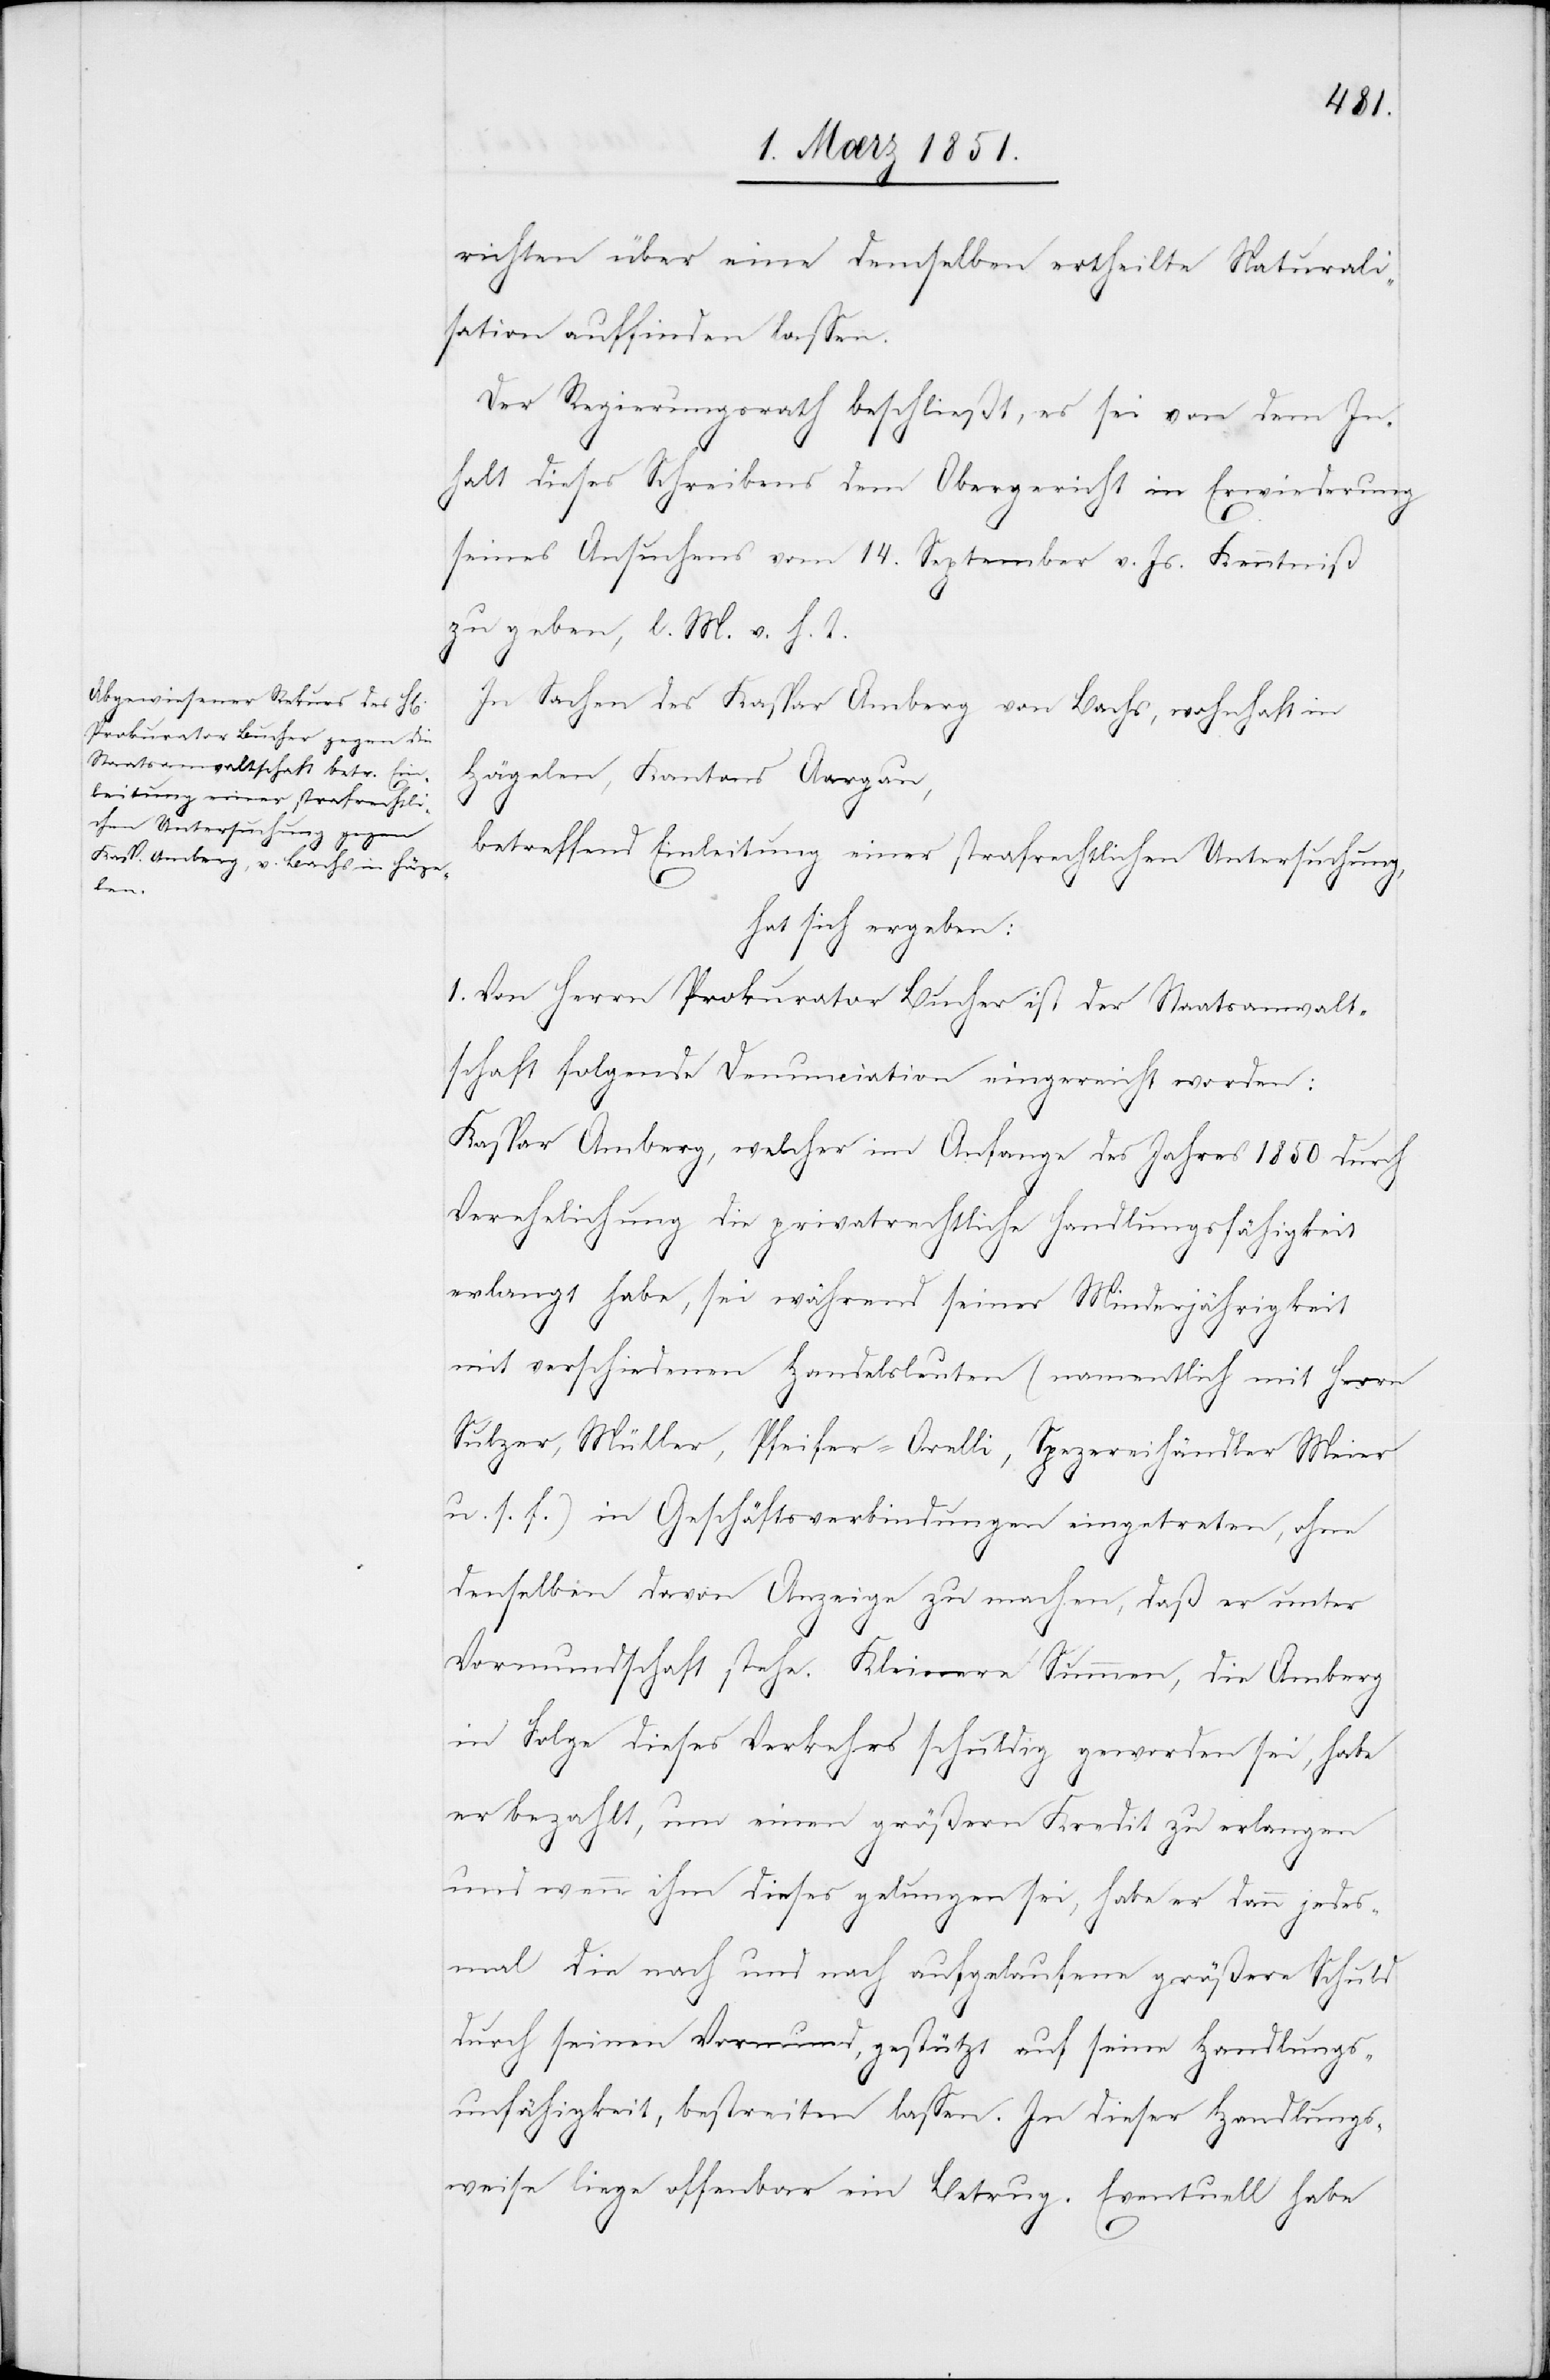
richten über eine demselben ertheilte Naturali¬
sation auffinden lassen.
Der Regierungsrath beschließt, es sei von dem In¬
halt dieses Schreibens dem Obergericht in Erwiederung
seines Ansuchens vom 14. September v. Js. Kenntniß
zu geben, l. M. v. h. T.
In Sachen des Kaspar Amberg von Bachs, wohnhaft in
Hägelen, Kantons Aargau,
betreffend Einleitung einer strafrechtlichen Untersuchung,
hat sich ergeben:
1. Von Herrn Prokurator Bucher ist der Staatsanwalt¬
schaft folgende Denunciation eingereicht worden:
Kaspar Amberg, welcher im Anfange des Jahres 1850 durch
Verehelichung die privatrechtliche Handlungsfähigkeit
erlangt habe, sei während seiner Minderjährigkeit
mit verschiedenen Handelsleuten (namentlich mit Herrn
Sulzer, Müller, Pfeifer-Orelli, Spezereihändler Meier
u. s. f.) in Geschäftsverbindungen eingetreten, ohne
denselben davon Anzeige zu machen, daß er unter
Vormundschaft stehe. Kleinere Summen, die Amberg
in Folge dieses Verkehrs schuldig geworden sei, habe
er bezahlt, um einen größern Kredit zu erlangen
und wenn ihm dieses gelungen sei, habe er dann jedes¬
mal die nach und nach aufgelaufene größere Schuld
durch seinen Vormund, gestützt auf seine Handlungs¬
unfähigkeit, bestreiten lassen. In dieser Handlungs¬
weise liege offenbar ein Betrug. Eventuell habe